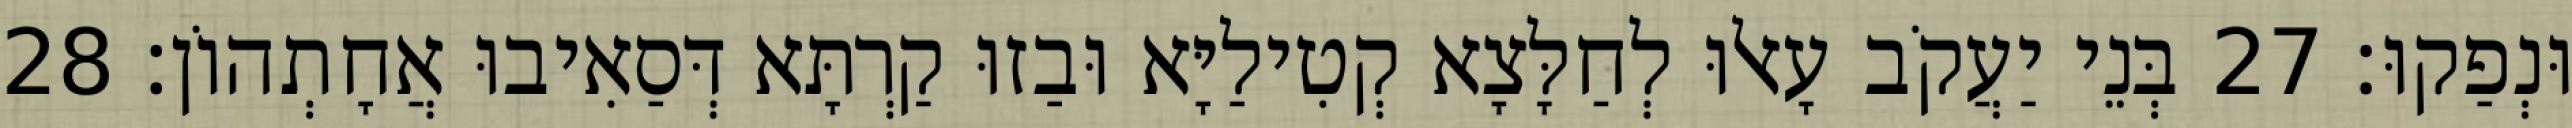
וּנְפַקוּ׃ 27 בְּנֵי יַעֲקֹב עָאלוּ לְחַלָּצָא קְטִילַיָּא וּבַזוּ קַרְתָּא דְּסַאִיבוּ אֲחָתְהוֹן׃ 28